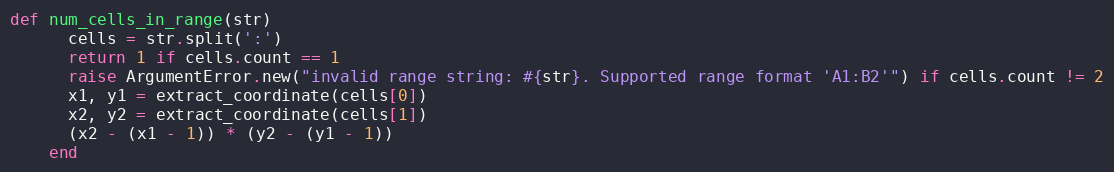
Language: Ruby
def num_cells_in_range(str)
      cells = str.split(':')
      return 1 if cells.count == 1
      raise ArgumentError.new("invalid range string: #{str}. Supported range format 'A1:B2'") if cells.count != 2
      x1, y1 = extract_coordinate(cells[0])
      x2, y2 = extract_coordinate(cells[1])
      (x2 - (x1 - 1)) * (y2 - (y1 - 1))
    end